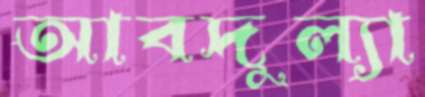
আবদুল্যা